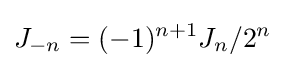
J_{-n}=(-1)^{n+1}J_{n}/2^{n}